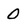
Character: 0